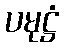
ပမုဋ္ဌံ